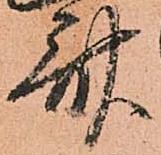
斎